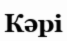
Кәрі